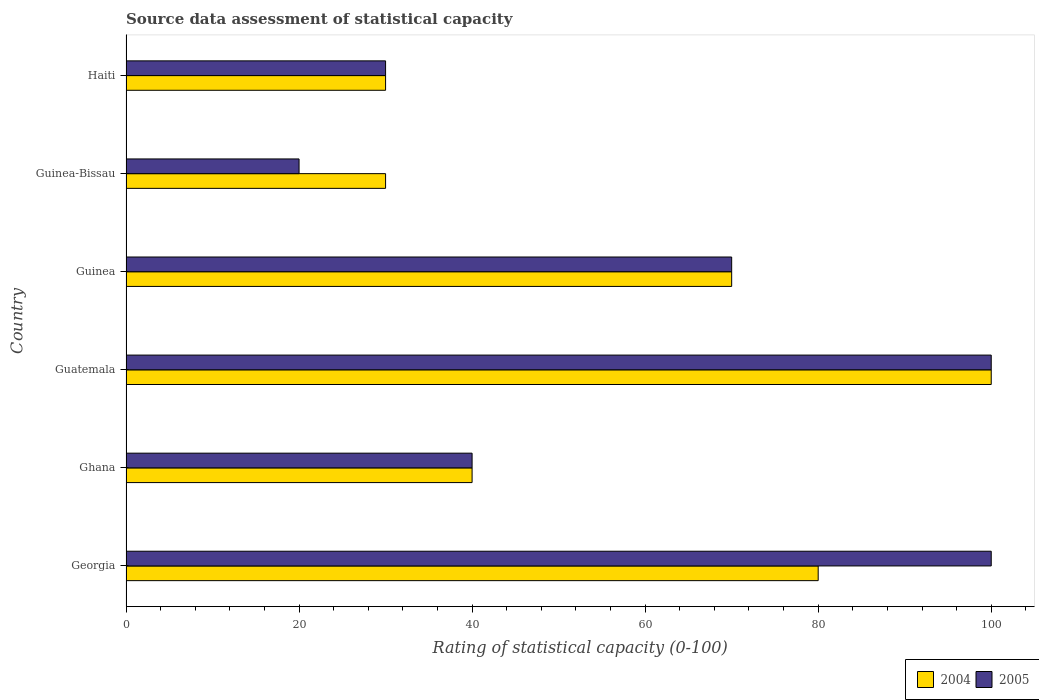
| Country | 2004 | 2005 |
 | --- | --- | --- |
 | Georgia | 80 | 100 |
 | Ghana | 40 | 40 |
 | Guatemala | 100 | 100 |
 | Guinea | 70 | 70 |
 | Guinea-Bissau | 30 | 20 |
 | Haiti | 30 | 30 |